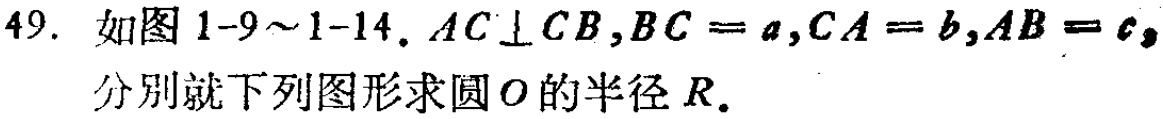
49. 如图1-9～1-14，\(AC\perp CB\)，\(BC = a\)，\(CA = b\)，\(AB = c\)，分别就下列图形求圆\(O\)的半径\(R\)。